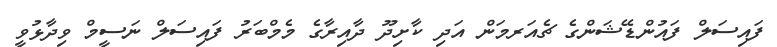
ފައިސަލް ފައުންޑޭޝަންގެ ޗެއަރމަން އަދި ކާށިދޫ ދާއިރާގެ މެމްބަރު ފައިސަލް ނަސީމް ވިދާޅުވީ